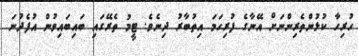
ހުރިހާ ކުޅުންތެރިންނަށް އޭނާގެ ފުރިހަމަ އިތުބާރު ދިނެވެ. ޓީމު ތެރޭގައި ބައިބައިވުން އުފެދުނަ